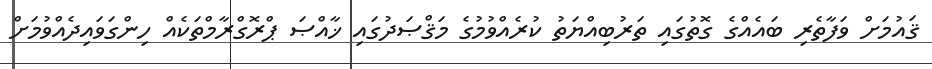
ޤައުމަށް ވަފާތެރި ބައެއްގެ ގޮތުގައި ތަރުބިއްޔަތު ކުރެއްވުމުގެ މަޤްޞަދުގައި ޚާއްޞަ ޕްރޮގްރާމްތަކެއް ހިންގަވައިދެއްވުމަށް